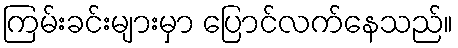
ကြမ်းခင်းများမှာ ပြောင်လက်နေသည်။